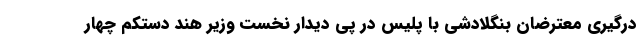
درگیری معترضان بنگلادشی با پلیس در پی دیدار نخست وزیر هند دستکم چهار